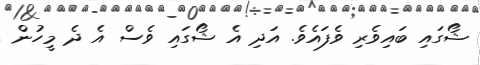
ޝޯގައި ބައިވެރި ވެފައެވެ. އަދި އެ ޝޯގައި ވެސް އެ ދެ މީހުން